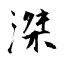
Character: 滐